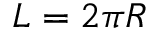
L = 2 \pi R